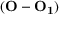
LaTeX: ( \mathbf { O } - \mathbf { O _ { 1 } } )